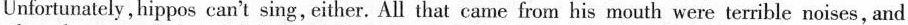
Unfortunately, hippos can't sing,either. All that came from his mouth were terrible noises, and